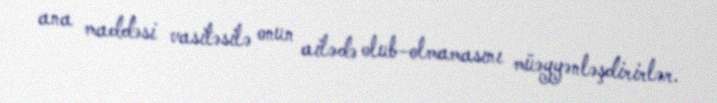
ana maddəsi vasitəsilə onun ailədə olub-olmamasını müəyyənləşdirirlər.